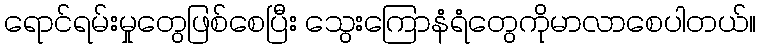
ရောင်ရမ်းမှုတွေဖြစ်စေပြီး သွေးကြောနံရံတွေကိုမာလာစေပါတယ်။